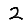
Digit: 2